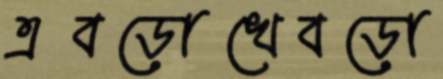
এবড়োখেবড়ো